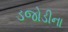
ડજોડીના